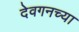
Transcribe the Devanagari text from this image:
देवगनच्या